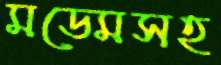
মডেমসহ